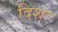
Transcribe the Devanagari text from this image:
दिशः